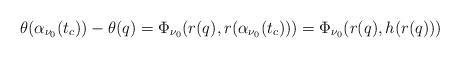
LaTeX: \begin{align*}\theta(\alpha_{\nu_0}(t_c))-\theta(q)=\Phi_{\nu_0}(r(q),r(\alpha_{\nu_0}(t_c)))=\Phi_{\nu_0}(r(q),h(r(q)))\end{align*}